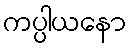
ကပ္ပါယနော